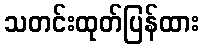
သတင်းထုတ်ပြန်ထား